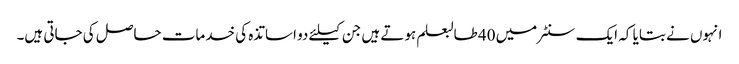
انہوں نے بتایا کہ ایک سنٹر میں 40 طالبعلم ہوتے ہیں جن کیلئے دو اساتذہ کی خدمات حاصل کی جاتی ہیں۔